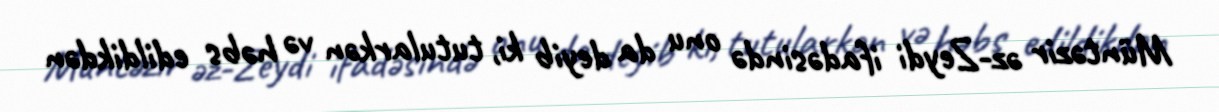
Müntəzir əz-Zeydi ifadəsində onu da deyib ki, tutularkən və həbs edildikdən